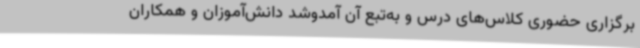
برگزاری حضوری کلاس‌های درس و به‌تبع آن آمدوشد دانش‌آموزان و همکاران